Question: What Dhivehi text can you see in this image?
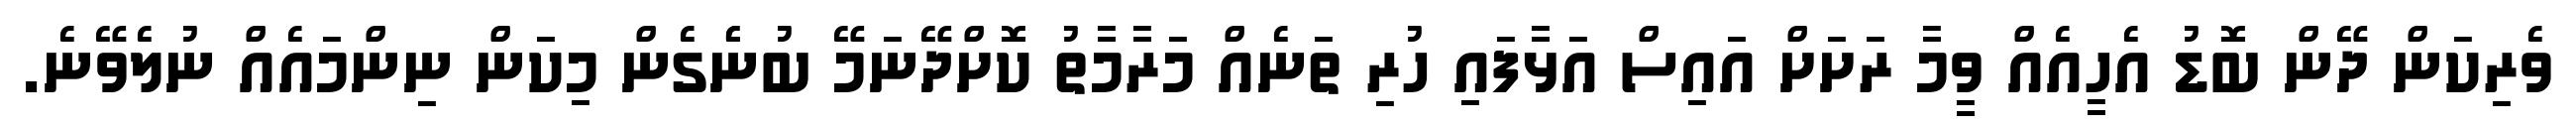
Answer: ވެރިކަން ދޭން ބޮޑު އެހީއެއް ވީމާ ރަށަށް އައިސް އަޅާފައި ހުރި ތަނެއް މަރާމާތު ކޮށްދޭނަމޭ ބުނެެގެން މިކަން ނިންމައެއް ނުލެވޭނެ.